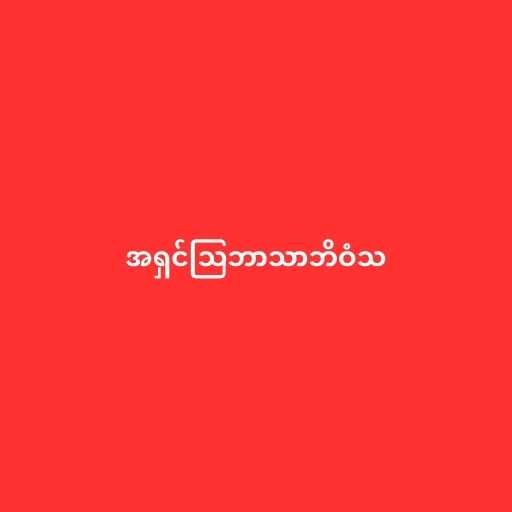
အရှင်သြဘာသာဘိဝံသ